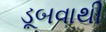
ડૂબવાથી